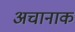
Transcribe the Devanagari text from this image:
अचानाक